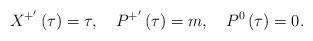
LaTeX: \begin{align*}X^{+^{\prime }}\left( \tau \right) =\tau ,\quad P^{+^{\prime }}\left( \tau\right) =m,\quad P^0\left( \tau \right) =0. \end{align*}